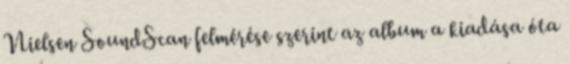
Nielsen SoundScan felmérése szerint az album a kiadása óta